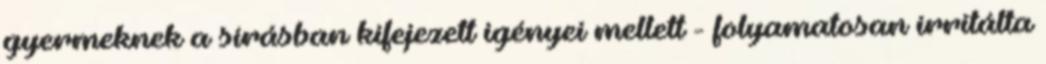
gyermeknek a sírásban kifejezett igényei mellett - folyamatosan irritálta